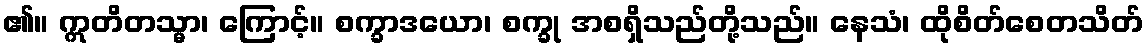
၏။ ဣတိတသ္မာ၊ ကြောင့်။ စက္ခာဒယော၊ စက္ခု အစရှိသည်တို့သည်။ နေသံ၊ ထိုစိတ်စေတသိတ်